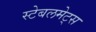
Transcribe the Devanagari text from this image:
स्टेबलमेट्स